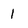
Character: 1